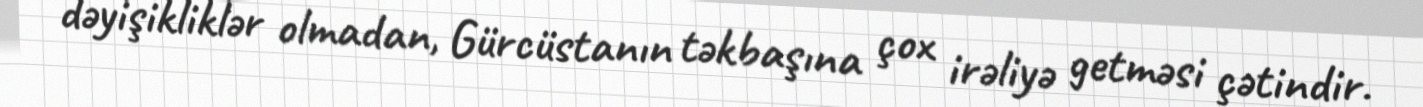
dəyişikliklər olmadan, Gürcüstanın təkbaşına çox irəliyə getməsi çətindir.